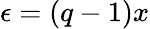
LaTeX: \epsilon=(q-1)x